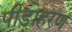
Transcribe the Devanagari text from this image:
पीड़ाहरण